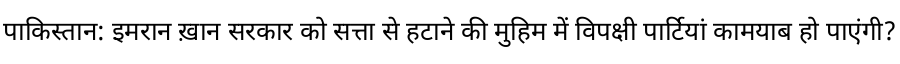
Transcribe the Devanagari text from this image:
पाकिस्तान: इमरान ख़ान सरकार को सत्ता से हटाने की मुहिम में विपक्षी पार्टियां कामयाब हो पाएंगी?